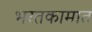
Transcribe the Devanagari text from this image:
भरतकामात